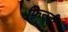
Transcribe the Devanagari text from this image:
फ़िन्ज़ी